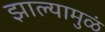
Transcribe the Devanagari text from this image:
झाल्यामुळं